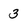
Character: 3